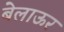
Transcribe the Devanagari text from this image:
बेलाऊर